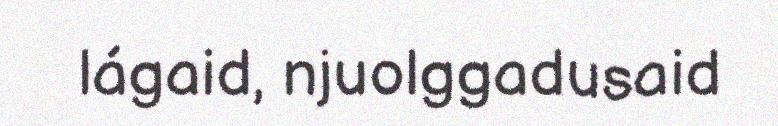
lágaid, njuolggadusaid